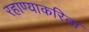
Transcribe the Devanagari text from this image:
रहाण्याकरिता